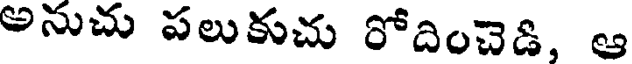
అనుచు పలుకుచు రోదించెడి, ఆ